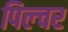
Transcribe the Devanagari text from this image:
पिल्चर